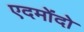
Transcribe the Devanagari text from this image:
एदमोंदो